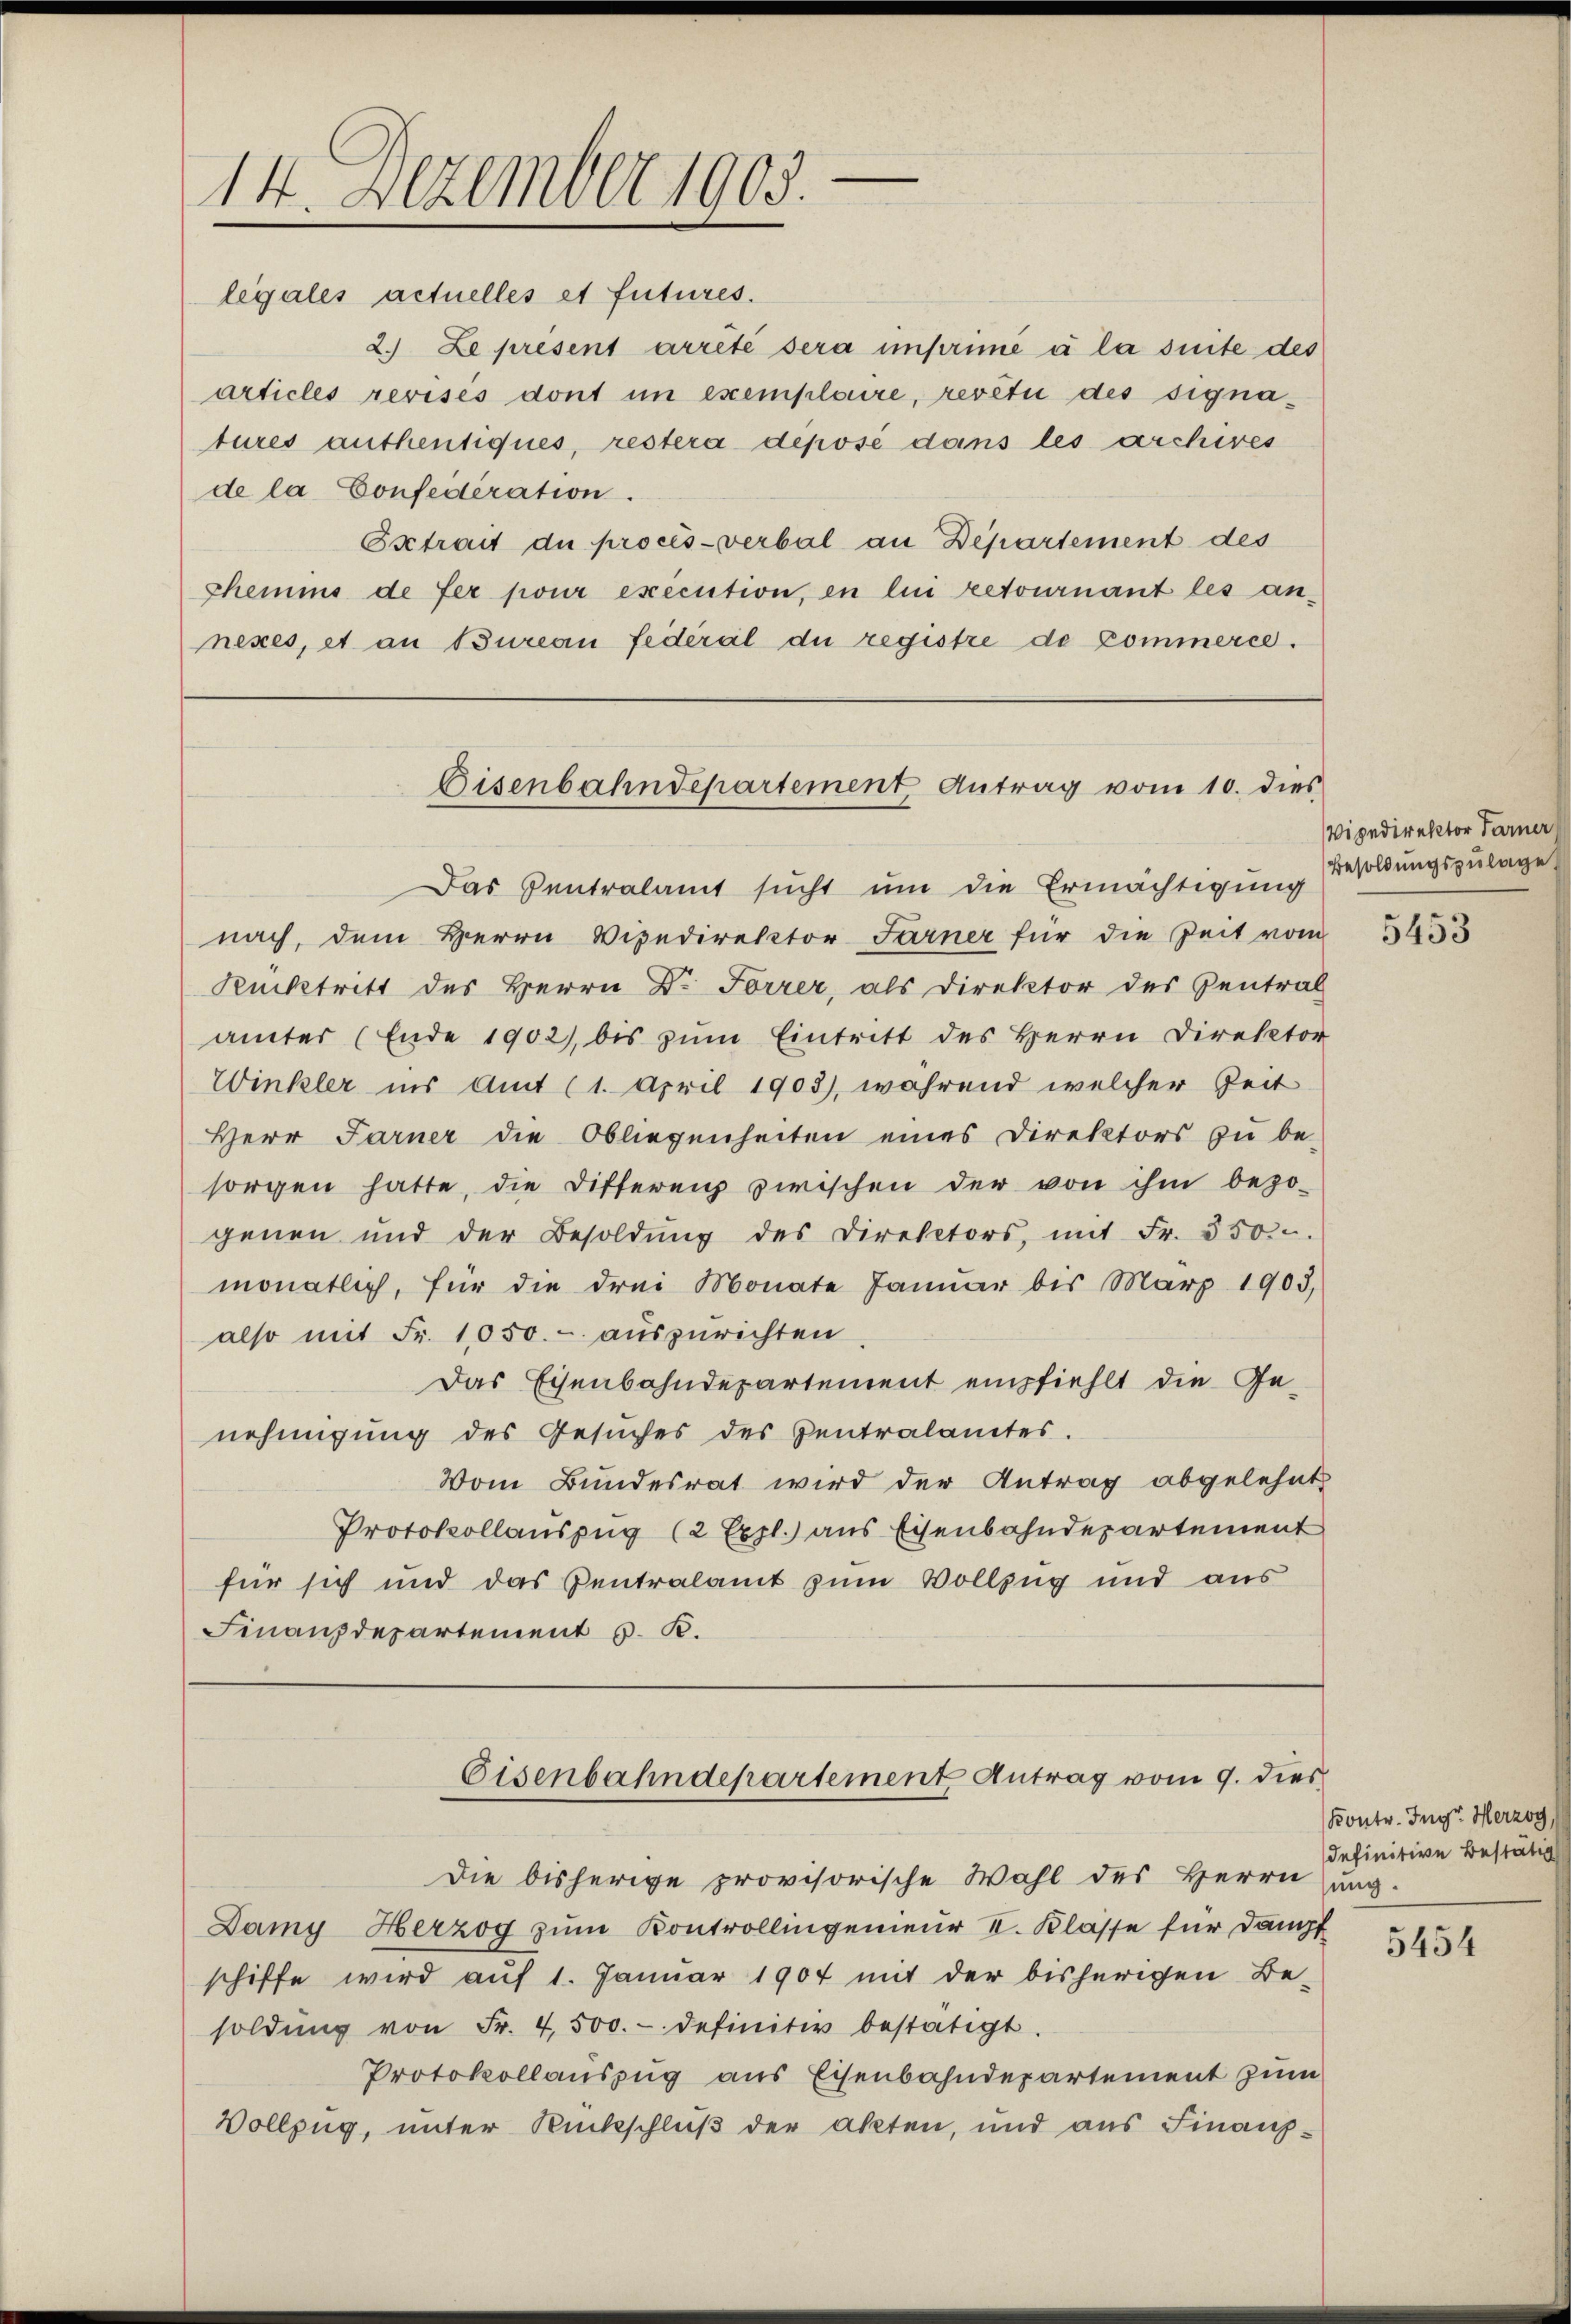
e
14. Dezember 1903.

legales actuelles et futures.
2. Le présent arreté sera imprimé à la suite des
articles revises dont in exemplare, reveti des signatures authentiques, restera deposé dans les archires
de la Confederation.
Bsetrait de procès-verbal an Departement des
shemms de fer pour execution, en lui retournant les an-
nexes, et an Bureau federal du registre de Commerce.
Das Centralamt sucht um die Ermächtigung
nach, dem Herrn Vipedirektor Farner für die Zeit vom
Rücktritt des Herrn Dr. Forrer, als Direktor des Zentral
ämter (Ende 1902), bis zŭm Eintritt des Herrn Direktor
Winkler ins Amt (1. April 1903), während welcher Zeit
Herr Farner die Obliegenheiten eines Direktors zu be-
sorgen hatte, die Differenz zwischen der von ihm bezo-
genen und der Besoldŭng des Direktors, mit Fr. 5500.
monatlich, für die drei Monate Januar bis März 1903,
also mit Fr. 1050.- auszurichten.
Das Eisenbahndepartement empfiehlt die Ge-
nehmigung des Gesuches des Centralamtes.
Vom Bundesrat wird der Antrag abgelehnt
Protokollauszug (2 Expl. aus Eisenbahndepartement
für sich und das Centralamt zum Vollzug und aus
Finanzdepartement v. K.

Eisenbahndepartement Antrag vom 10. dies

Die bisherige provisorische Wahl des Herrnung.
Damy Herzog zum Kontrollingenieur II. Klasse für Dant
schiffe wird auf 1. Januar 1907 mit der bisherigen Be-
soldŭng von Fr. 4500.- definitiv bestätigt.
Protokollauszug aus Eisenbahndepartement zum
Vollzug, unter Rückschluß der akten, und aus Finanz¬

Eisenbahndepartement Antrag vom 9. dies

Wipedirektor Farner
Besoldungszulage

5453

Kontr. Ing. Herzog
definitive Bestätig

5454